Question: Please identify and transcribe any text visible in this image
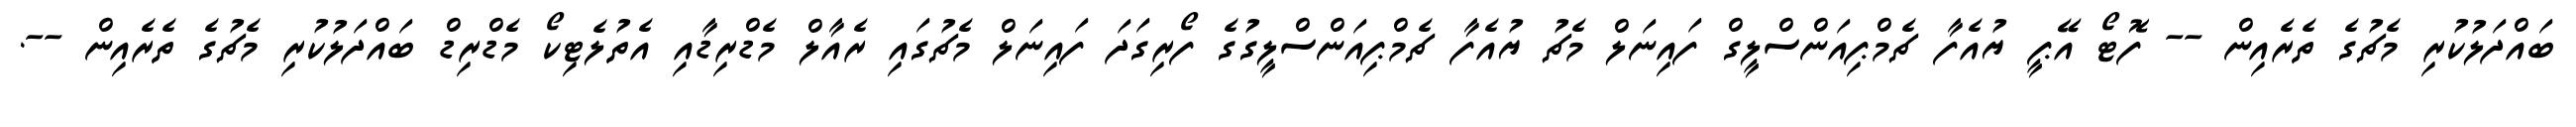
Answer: ބައްދަލުކުރި މެޗުގެ ތެރެއިން -- ފޮޓޯ އޭޕީ ޔުއެފާ ޗެމްޕިއަންސްލީގް ފައިނަލް މެޗު ޔުއެފާ ޗެމްޕިއަންސްލީގުގެ ފޯރިގަދަ ފައިނަލް މެޗުގައި ރެއާލް މެޑްރިޑާއި އެތުލެޓިކޯ މެޑްރިޑް ބައްދަލުކުރި މެޗުގެ ތެރެއިން --.